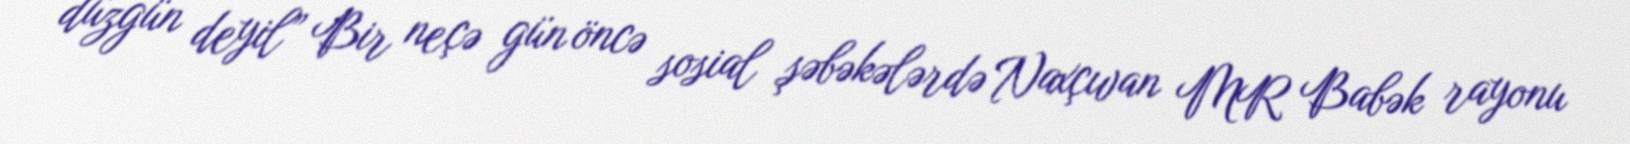
düzgün deyil” Bir neçə gün öncə sosial şəbəkələrdə Naxçıvan MR Babək rayonu